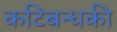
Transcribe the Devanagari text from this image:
कटिबन्धकी